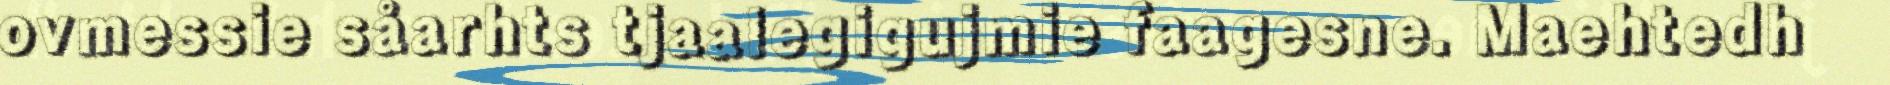
ovmessie såarhts tjaalegigujmie faagesne. Maehtedh